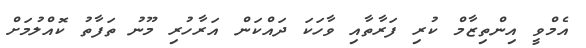
އެމްވީ އިންތިޒާމް ކުރި ފަރާތާއި ވާހަކަ ދައްކަން އަރާހުރި މޫނު ތަފާތު ކޮއްލުމަށް